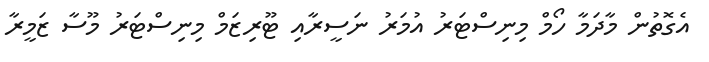
އެގޮތުން މާދަމާ ހޯމް މިނިސްޓަރު އުމަރު ނަސީރާއި ޓޫރިޒަމް މިނިސްޓަރު މޫސާ ޒަމީރާ